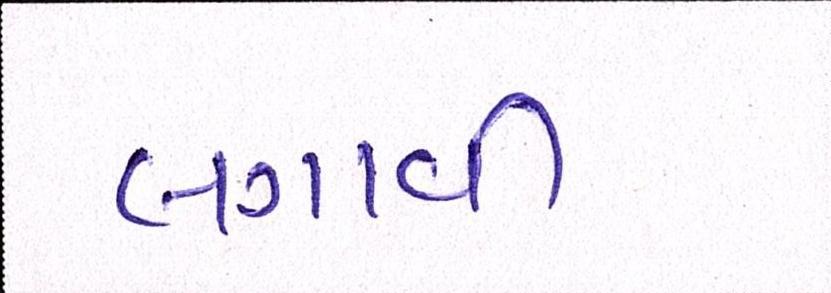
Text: લગાવી